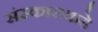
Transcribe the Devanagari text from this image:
संस्काराकडे